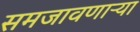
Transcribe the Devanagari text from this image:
समजावणाऱ्या